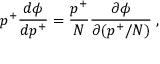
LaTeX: p ^ { + } \frac { d \phi } { d p ^ { + } } = \frac { p ^ { + } } { N } \frac { \partial \phi } { \partial ( p ^ { + } / N ) } \; ,